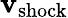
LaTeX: \boldsymbol{\mathbf{v}}_{\mathrm{{shock}}}